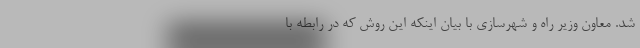
شد. معاون وزیر راه و شهرسازی با بیان اینکه این روش که در رابطه با